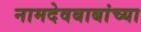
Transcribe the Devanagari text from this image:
नामदेवबाबांच्या